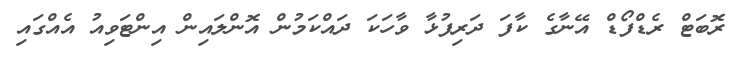
ރޮބަޓް ރެޑްފޯޑް އޭނާގެ ކާފަ ދަރިފުޅާ ވާހަކަ ދައްކަމުން އޮންލައިން އިންޓަވިއު އެއްގައި